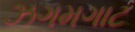
ઝગમગાટ